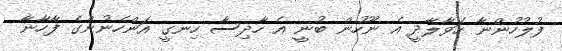
ފުލުހުންނާ ހަވާލާދީ އެ ނޫހުން ބުނީ އެ ހާދިސާ ހިނގީ އަންހެނުންގެ ފާހާނާ